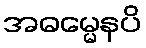
အဓမ္မေနပိ